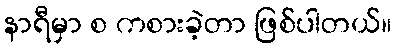
နာရီမှာ စ ကစားခဲ့တာ ဖြစ်ပါတယ်။